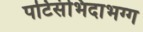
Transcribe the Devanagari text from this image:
पटिसंभिदाभग्ग